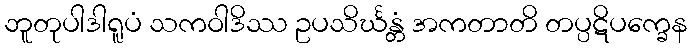
ဘူတုပါဒါရူပံ သကဝါဒိဿ ဥပသိင်္ဃန္တံ အကတာတိ တပ္ပဋိပက္ခေန